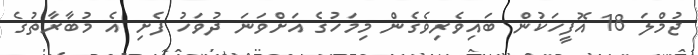
ޖުމްލަ 18 އޮފީހަކުން ބައިވެރިވެގެން މިމަހުގެ އަށްވަނަ ދުވަހު ފެށި އެ މުބާރާތުގެ